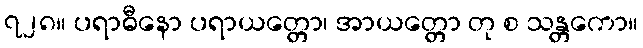
၇၂၈။ ပရာဓီနော ပရာယတ္တော၊ အာယတ္တော တု စ သန္တကော။